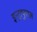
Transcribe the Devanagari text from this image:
इन्ट्राप्लुरल